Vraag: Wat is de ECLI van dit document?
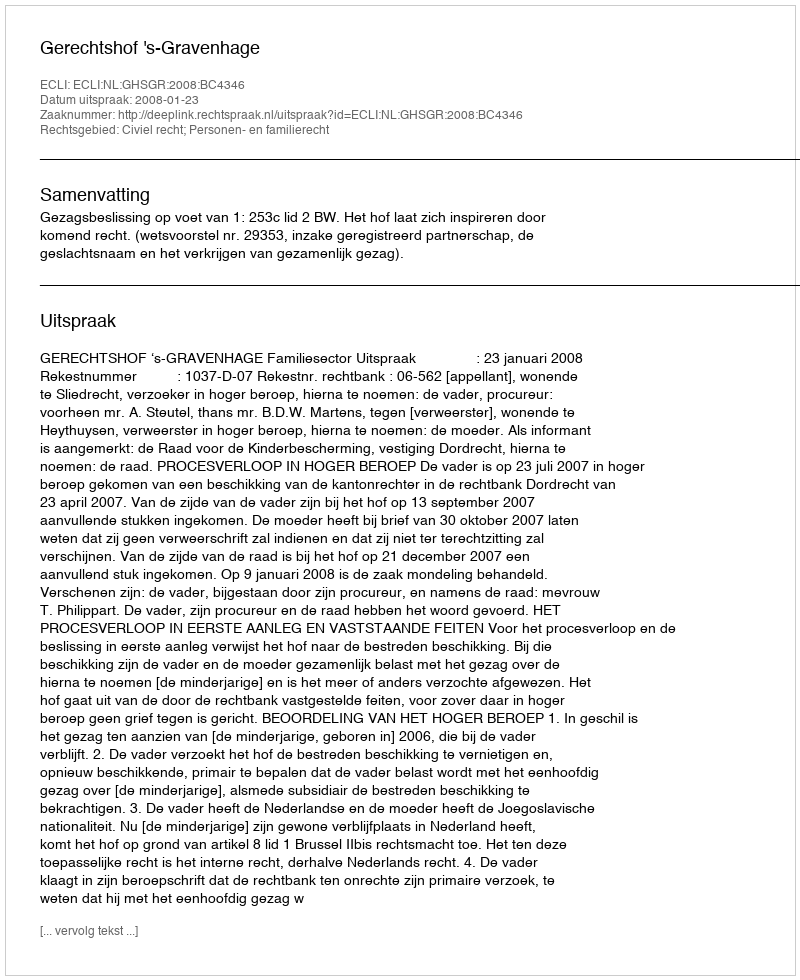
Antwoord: ECLI:NL:GHSGR:2008:BC4346